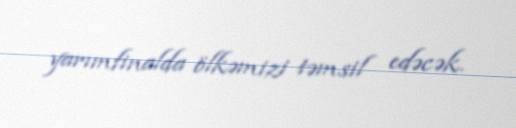
yarımfinalda ölkəmizi təmsil edəcək.